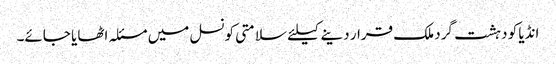
انڈیا کو دہشت گرد ملک قرار دینے کیلئے سلامتی کونسل میں مسئلہ اٹھایا جائے۔